Lunatic asylums Punjab 1868-1880 - 1868-1880
Year: 1868
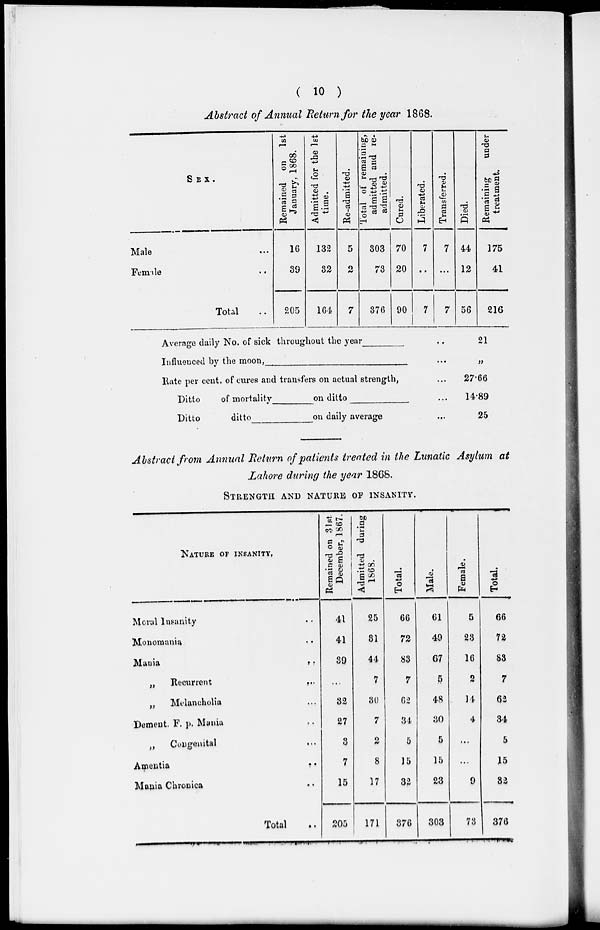
( 10 )
Abstract of Annual Return for the year 1868.
SEX.
Male ...
Female ..
Total ..
Remained on 1st
January, 1868.
16
39
205
Admitted for the 1st
time.
132
32
164
Re-admitted.
5
2
7
Total of remaining,
admitted and re-
admitted.
303
73
376
Cured.
70
20
90
Liberated.
7
..
7
Transferred.
7
...
7
Died.
44
12
56
Remaining
under
treatment.
175
41
216
Average daily No. of sick throughout the year ____
Influenced by the moon, _________
Rate per cent. of cures and transfers on actual strength,
Ditto
of mortality_____on ditto _____
Ditto
ditto______on daily average
..
...
...
...
...
21
„
27.66
14.89
25
Abstract from Annual Return of patients treated in the Lunatic Asylum at
Lahore during the year 1868.
STRENGTH AND NATURE OP INSANITY.
NATURE OF INSANITY.
Moral Insanity ..
Monomania ..
Mania
..
„
Recurrent
...
„
Melancholia ...
Dement. F. p. Mania ..
„
Congenital ...
Amentia
..
Mania Chronica ..
Total ..
Remained on 31st
December, 1867.
41
41
39
...
32
27
3
7
15
205
Admitted during
1868.
25
31
44
7
30
7
2
8
17
171
Total.
66
72
83
7
62
34
5
15
32
376
Male.
61
49
67
5
48
30
5
15
23
303
Female.
5
23
16
2
14
4
...
...
9
73
Total.
66
72
83
7
62
34
5
15
32
376